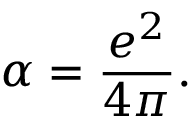
\alpha = { \frac { e ^ { 2 } } { 4 \pi } } .